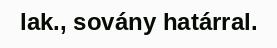
lak., sovány határral.